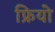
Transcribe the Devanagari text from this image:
फ्रियो